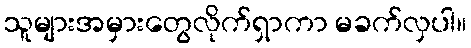
သူများအမှားတွေလိုက်ရှာကာ မခက်လှပါ။